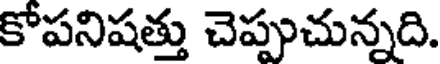
కోపనిషత్తు చెప్పుచున్నది.